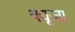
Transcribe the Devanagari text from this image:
क्यूज़ा